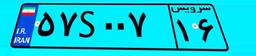
۳۴S۸۸۱۲۳